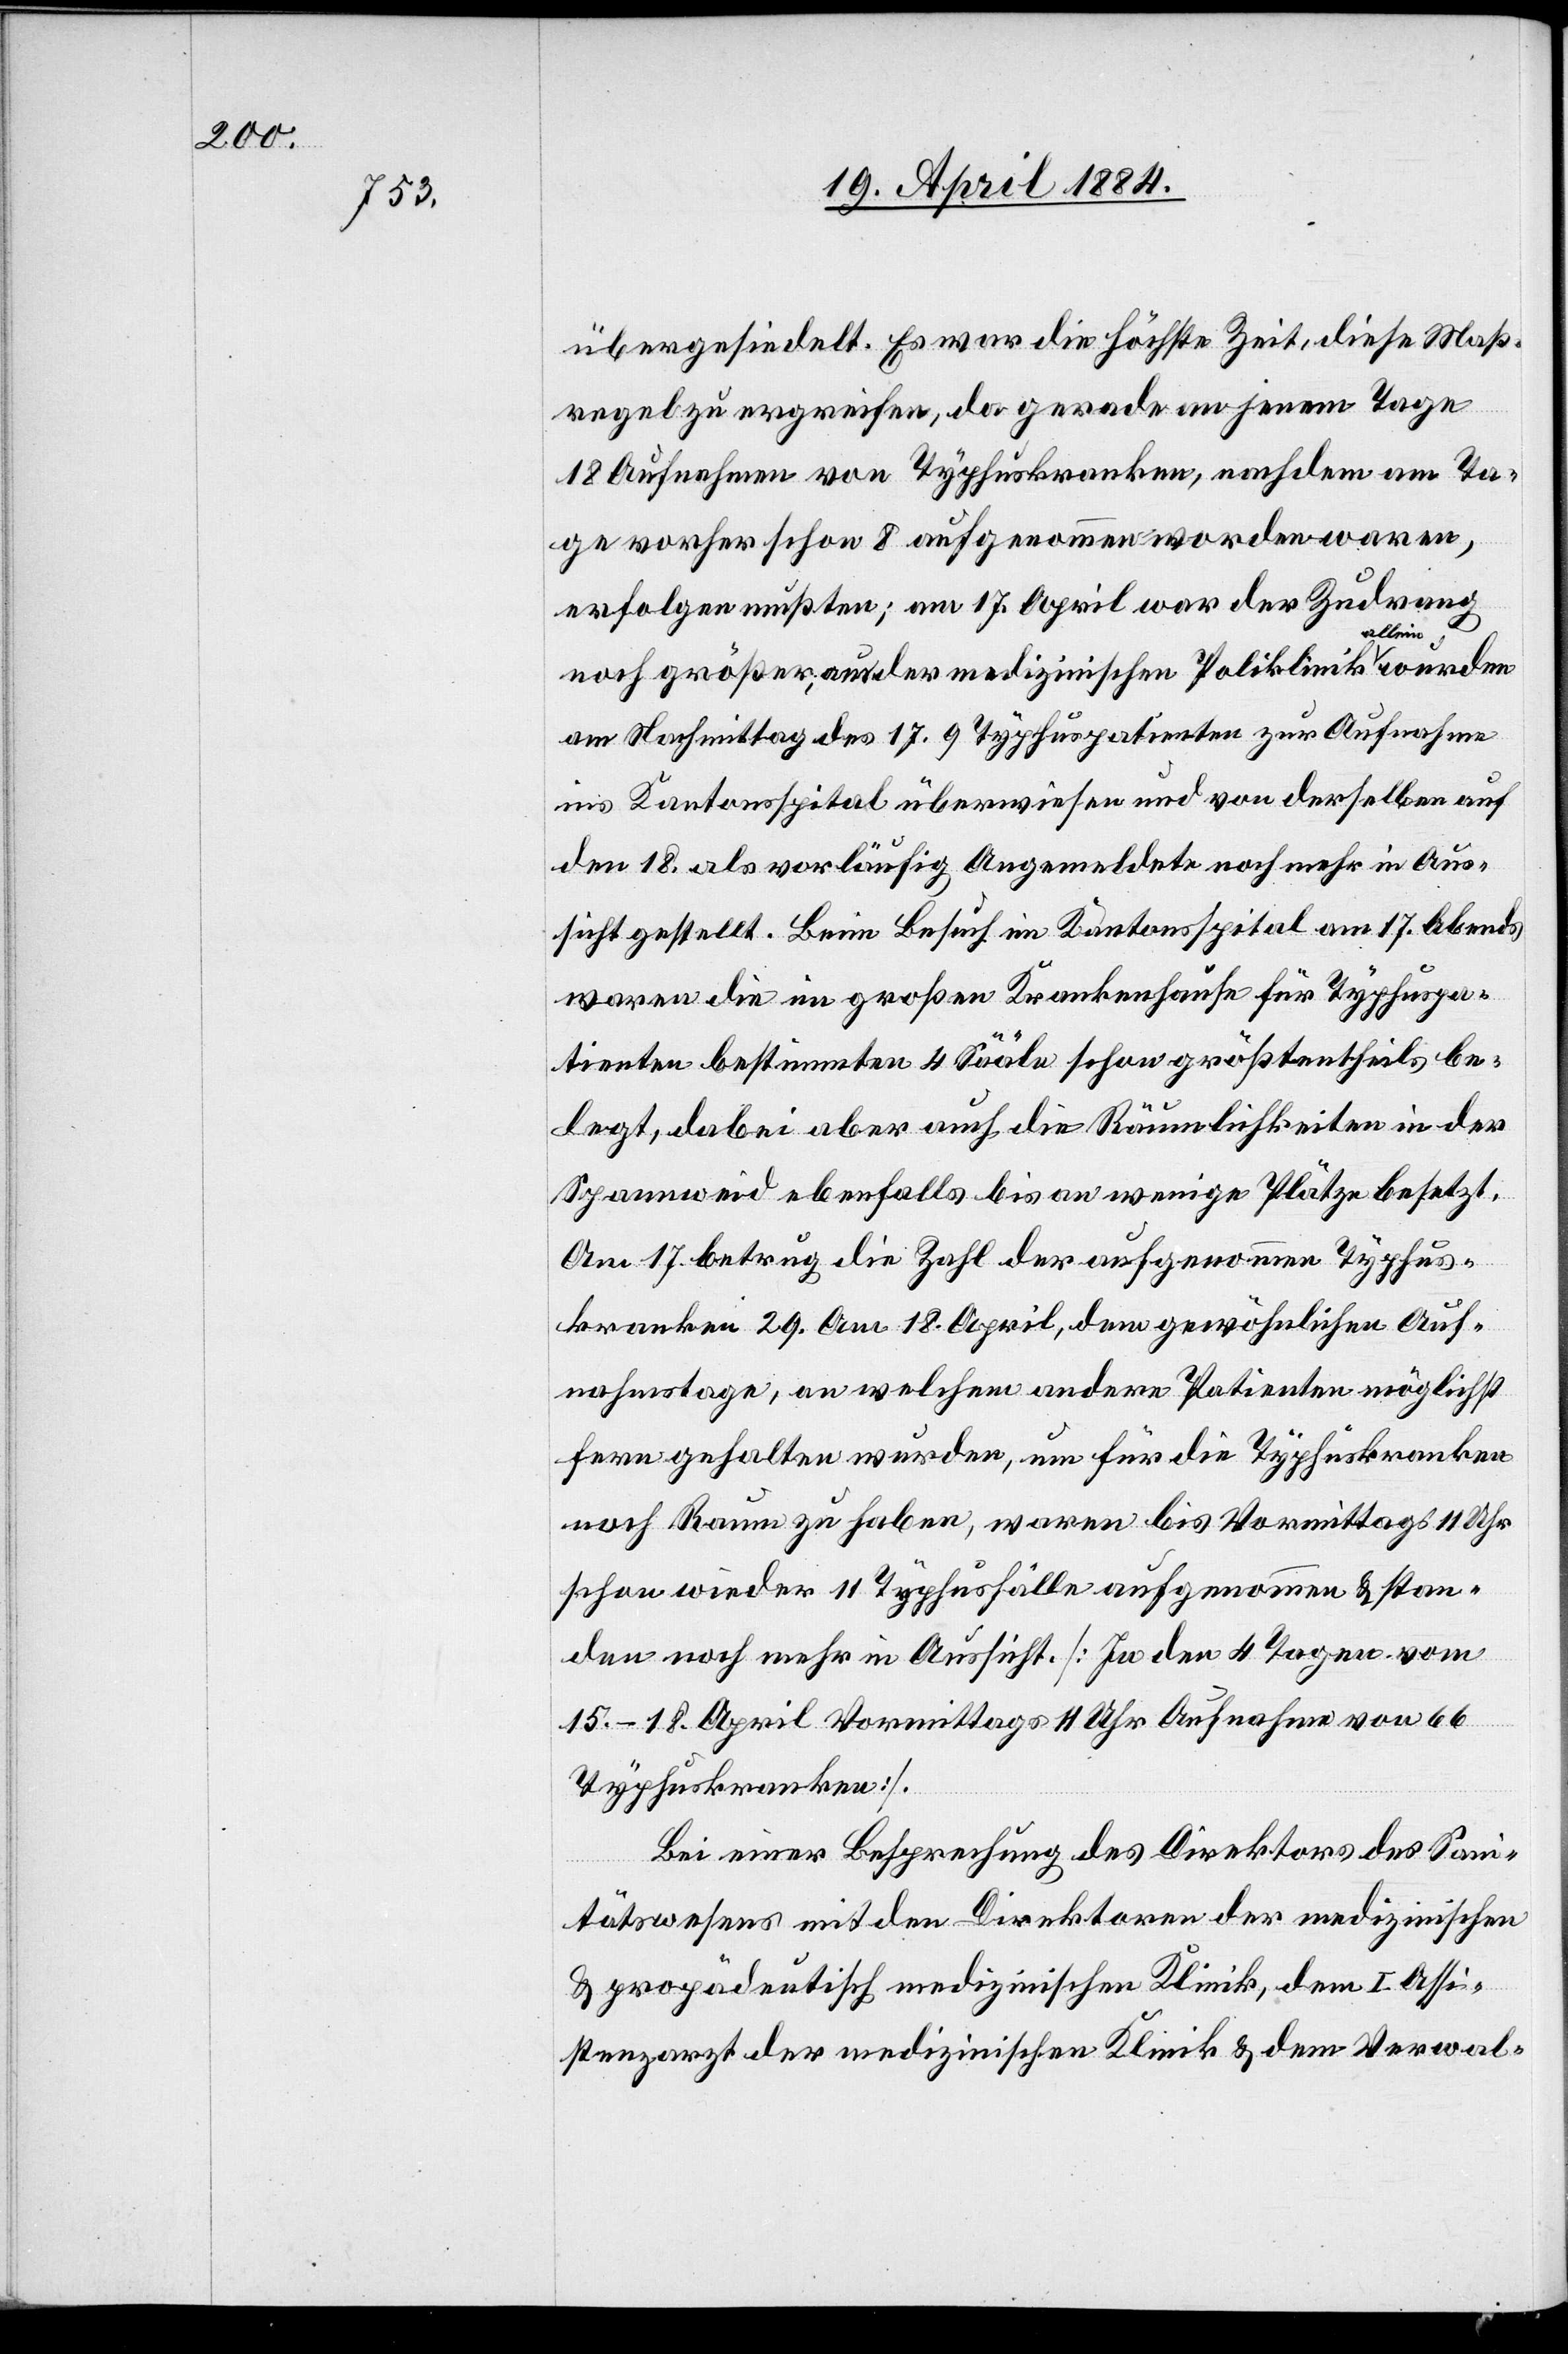
übergesiedelt. Es war die höchste Zeit, diese Maß¬
regel zu ergreifen, da gerade an jenem Tage
18 Aufnahmen von Typhuskranken, nachdem am Ta¬
ge vorher schon 8 aufgenommen worden waren,
erfolgen mußten; am 17. April war der Zudrang
noch größer, aus der medizinischen Poliklinik allein
am Nachmittag des 17. 9 Typhuspatienten zur Aufnahme
ins Kantonsspital überwiesen und von derselben auf
den 18. als vorläufig angemeldete noch mehr in Aus¬
sicht gestellt. Beim Besuch im Kantonsspital am 17. Abends
waren die im großen Krankenhause für Typhuspa¬
tienten bestimmten 4 Sääle schon größtentheils be¬
legt, dabei aber auch die Räumlichkeiten in der
Spannweid ebenfalls bis an wenige Plätze besetzt.
Am 17. betrug die Zahl der aufgenommenen Typhus¬
kranken 29. Am 18. April, dem gewöhnlichen Auf¬
nahmetage, an welchem andere Patienten möglichst
fern gehalten wurden, um für die Typhuskranken
noch Raum zu haben, waren bis Vormittags 11 Uhr
schon wieder 11 Typhusfälle aufgenommen & stan¬
den noch mehr in Aussicht. [In den 4 Tagen vom
15.–18. April Vormittags 11 Uhr Aufnahme von 66
Typhuskranken.]
wurden
Bei einer Besprechung des Direktors des San¬
itätswesens mit den Direktoren der medizinischen
& propädeutisch medizinischen Klinik, dem I. Assi¬
stenzarzt der medizinischen Klinik & dem Verwal-